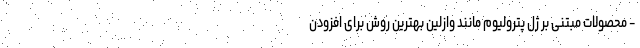
- محصولات مبتنی بر ژل پترولیوم مانند وازلین بهترین روش برای افزودن